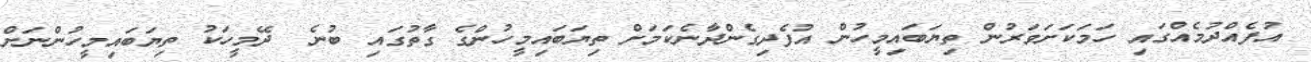
އުފެއްދުމެއްގައި ހަމަކަށަވަރުން ތިޔަބައިމީހުން އުފެދިގެންދާނެކަމަށް ތިޔަބައިމީހުންގެ ގާތުގައި ބުނެ  ދޭމީހަކު ތިޔަބައިމީހުންނަށް